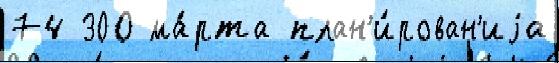
74 300 ма́рта план'и́рован'иjа